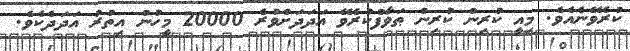
ކުރެވޭނެއެވެ. މިއީ ކުރިން ކުރިން ޠަވާފްކުރެވޭ އަދަދަށްވުރެ 20000 މީހުން އިތުރު އަދަދެކެވެ.